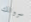
سروالك